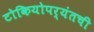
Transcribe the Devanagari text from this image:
टोकियोपर्यंतची